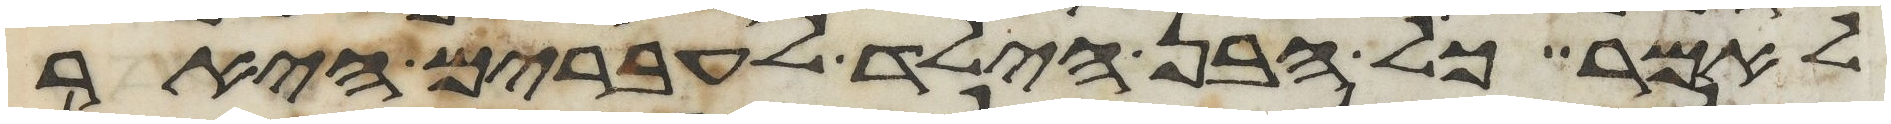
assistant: לאמר כל הבן הילד לעברים היאר